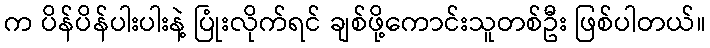
က ပိန်ပိန်ပါးပါးနဲ့ ပြုံးလိုက်ရင် ချစ်ဖို့ကောင်းသူတစ်ဦး ဖြစ်ပါတယ်။